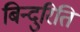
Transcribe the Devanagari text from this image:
बिन्दुरिति